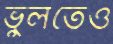
ভুলতেও